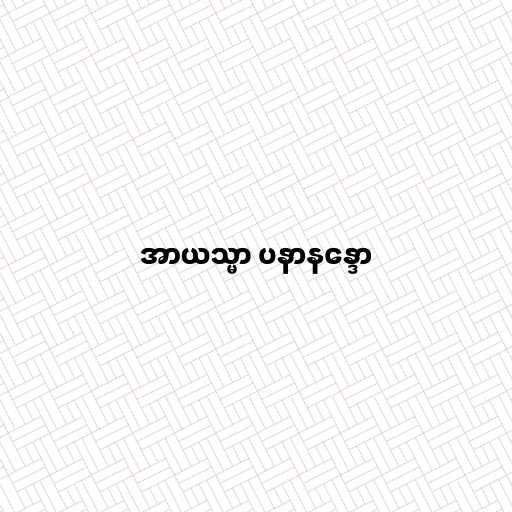
အာယသ္မာ ပနာနန္ဒော